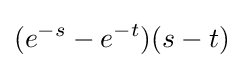
(e^{-s}-e^{-t})(s-t)